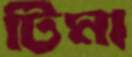
টিমা